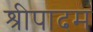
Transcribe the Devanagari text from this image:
श्रीपादम